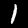
Label: 1